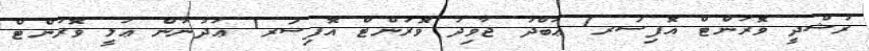
ރުޝްދީ ވޮރަންޓް އޮފިސަރ1 ޢަބްދު ޖާވިދު ވޮރަންޓް އޮފިސަރ1 ޢަދުނާން ޢަލީ ވޮރަންޓް